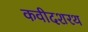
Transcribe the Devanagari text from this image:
कवीदशरथ